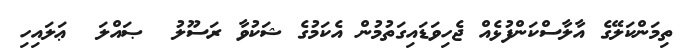
ތިމަންކަލޭގެ އާލާސްކަންފުޅެއް ޖެހިވަޑައިގަތުމުން އެކަމުގެ ޝަކުވާ ރަސޫލު  ޞައްލަ  ޢަލައިހި